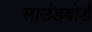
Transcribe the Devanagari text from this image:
साउंडबोर्ड